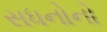
સધનોનો